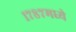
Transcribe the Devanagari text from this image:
१७८७मध्ये